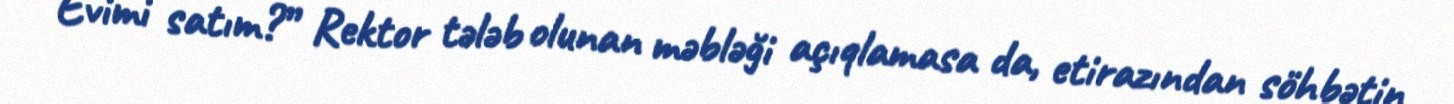
Evimi satım?” Rektor tələb olunan məbləği açıqlamasa da, etirazından söhbətin